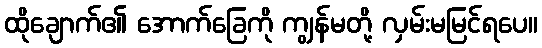
ထိုချောက်၏ အောက်ခြေကို ကျွန်မတို့ လှမ်းမမြင်ရပေ။